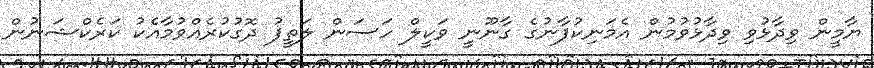
ޔާމީން ވިދާޅުވި ވިދާޅުވުމުން އެމަނިކުފާނުގެ ގާނޫނީ ވަކީލް ހަސަން ލަތީފު ދޮގުކުރެއްވުމާއެކު ކަރެކްޝަނުން